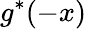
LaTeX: g^{*}(-x)